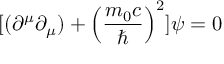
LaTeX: [ ( \partial ^ { \mu } \partial _ { \mu } ) + \left( { \frac { m _ { 0 } c } { \hbar } } \right) ^ { 2 } ] \psi = 0